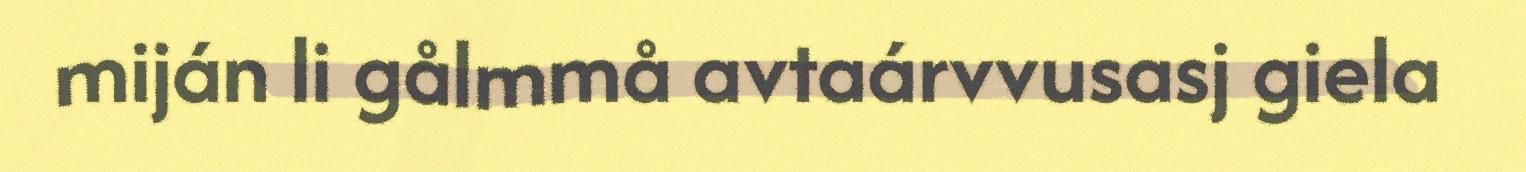
miján li gålmmå avtaárvvusasj giela